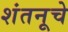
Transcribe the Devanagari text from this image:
शंतनूचे